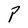
Character: P